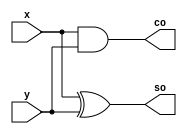
module h_adder(x,y,so,co);
  input x,y;
  output co,so;
 assign so=x^y;
  assign co=x&y;
  endmodule